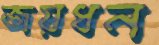
জয়ধন